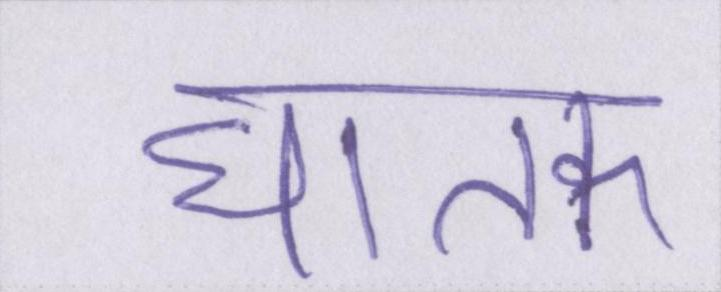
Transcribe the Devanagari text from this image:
घातक